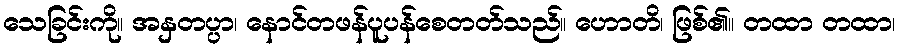
သေခြင်းကို။ အနှတပ္ပာ၊ နောင်တဖန်ပူပန်စေတတ်သည်။ ဟောတိ၊ ဖြစ်၏။ တထာ တထာ၊